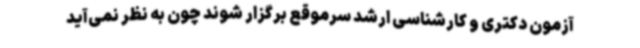
آزمون دکتری و کارشناسی ارشد سرموقع برگزار شوند چون به نظر نمی‌آید